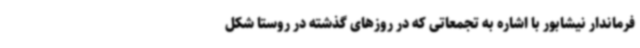
فرماندار نیشابور با اشاره به تجمعاتی که در روزهای گذشته در روستا شکل